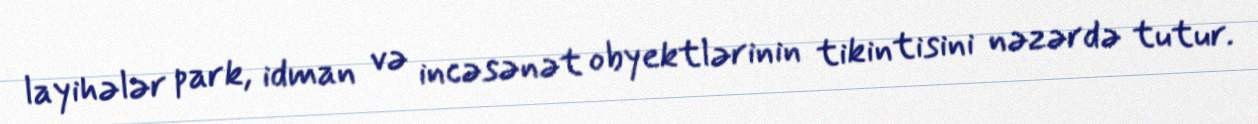
layihələr park, idman və incəsənət obyektlərinin tikintisini nəzərdə tutur.